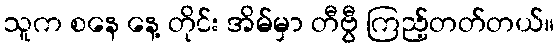
သူက စနေ နေ့ တိုင်း အိမ်မှာ တီဗွီ ကြည့်တတ်တယ်။